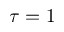
\tau = 1